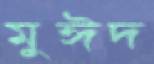
মুঈদ